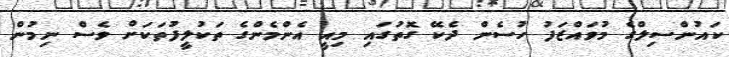
ކައުންސިލްގެ މުވައްޒަފު ހުސެން ދެކޭ ގޮތުގައި މިއީ އެންމެންގެ ތަކުލީފުތަކަށް ވެސް ނިމުން